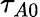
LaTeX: \tau_{A0}